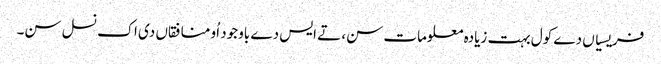
فریسیاں دے کول بہت زیادہ معلومات سن، تے ایس دے باوجود اُو منافقاں دی اک نسل سن۔